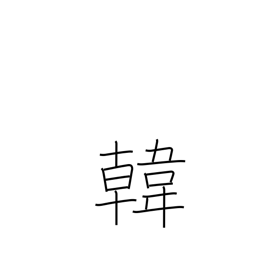
Meaning: Korea